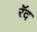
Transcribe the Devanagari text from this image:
रॅद